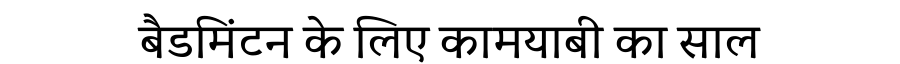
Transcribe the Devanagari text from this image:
बैडमिंटन के लिए कामयाबी का साल